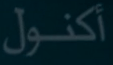
أكنول